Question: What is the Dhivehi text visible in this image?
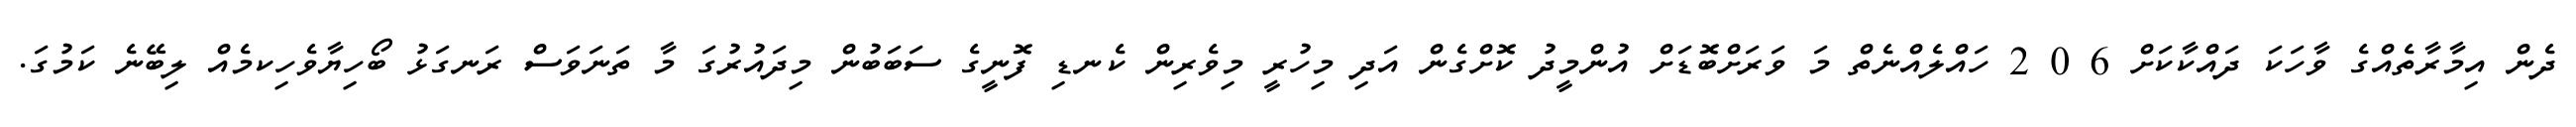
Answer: ދެން އިމާރާތެއްގެ ވާހަކަ ދައްކާކަށް 6 0 2 ހައްލެއްނެތް މަ ވަރަށްބޮޑަށް އުންމީދު ކޮށްގެން އަދި މިހުރީ މިވެރިން ކެނޑި ފޮނީގެ ސަބަބުން މިދައުރުގަ މާ ތަނަވަސް ރަނގަޅު ބޯހިޔާވެހިކމެއް ލިބޭނެ ކަމުގަ.